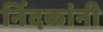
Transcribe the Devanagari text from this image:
निंदकांनी